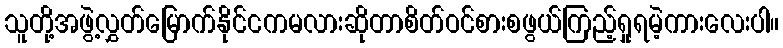
သူတို့အဖွဲ့လွှတ်မြောက်နိုင်ငကမလားဆိုတာစိတ်ဝင်စားစဖွယ်ကြည့်ရှုရမဲ့ကားလေးပါ။